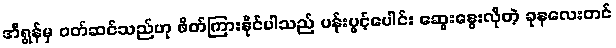
အီရွန်မှ ဝတ်ဆင်သည်ဟု ဖိတ်ကြားနိုင်ပါသည် ပန်းပွင့်ပေါင်း ဆွေးနွေးလိုတဲ့ ခုနလေးတင်